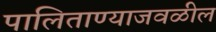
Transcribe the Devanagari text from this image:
पालिताण्याजवळील